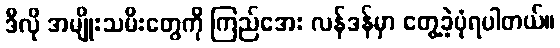
ဒီလို အမျိုးသမီးတွေကို ကြည်အေး လန်ဒန်မှာ တွေ့ခဲ့ပုံရပါတယ်။